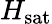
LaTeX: H_{\mathrm{sat}}